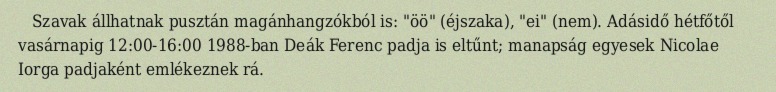
Szavak állhatnak pusztán magánhangzókból is: "öö" (éjszaka), "ei" (nem). Adásidő hétfőtől vasárnapig 12:00-16:00 1988-ban Deák Ferenc padja is eltűnt; manapság egyesek Nicolae Iorga padjaként emlékeznek rá.